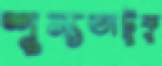
শূন্যতাটুকু